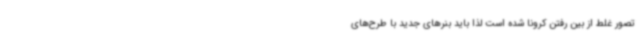
تصور غلط از بین رفتن کرونا شده است لذا باید بنرهای جدید با طرح‌های